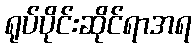
ရုပ်ပိုင်းဆိုင်ရာအရ